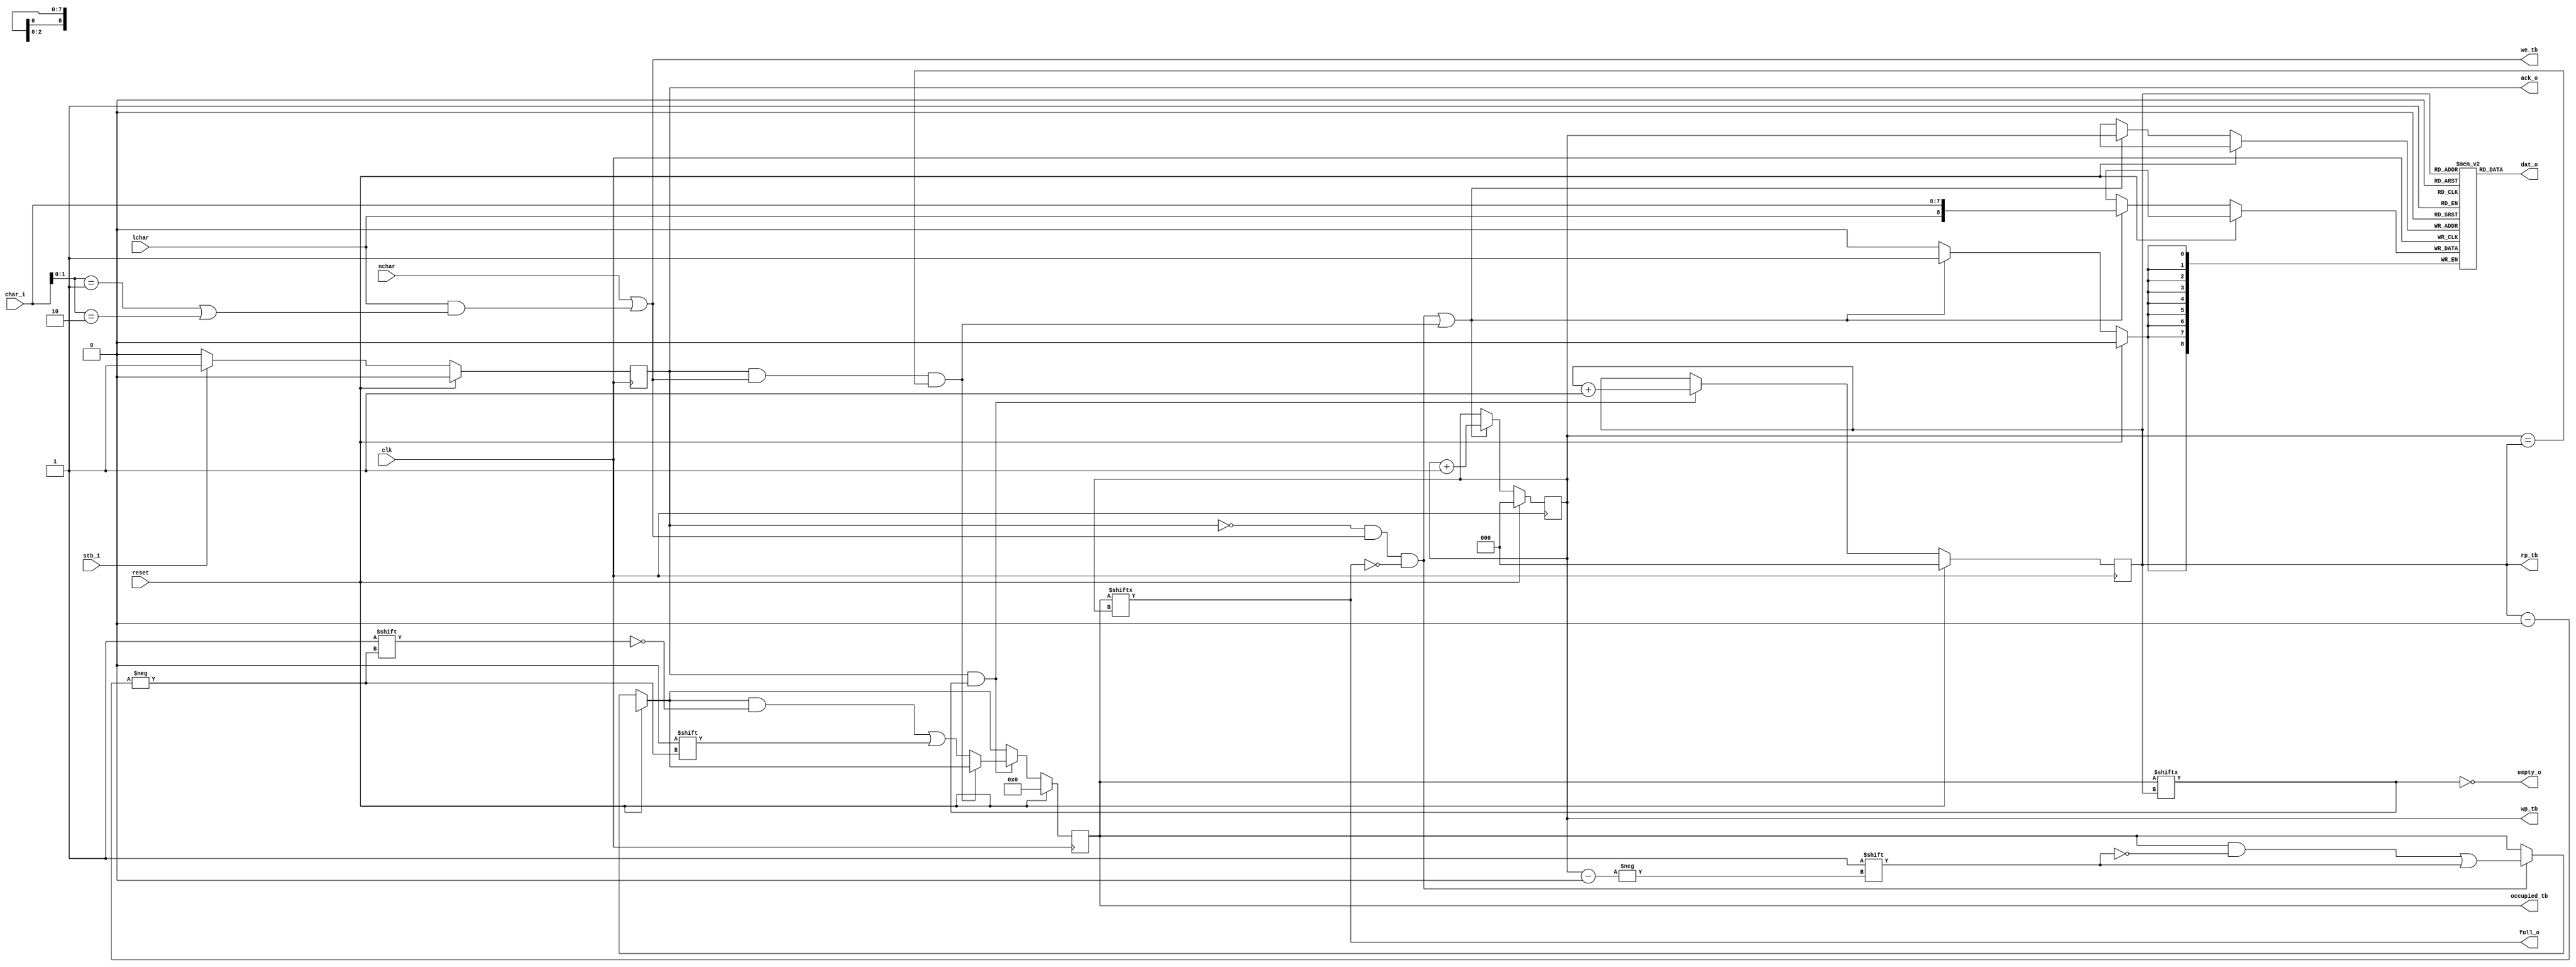
module queue_8x9(
	input		clk,
	input		reset,
	input		nchar,
	input		lchar,
	input	[7:0]	char_i,
	input		stb_i,
	output		ack_o,
	output	[8:0]	dat_o,
	output		full_o,
	output		empty_o,
	output	[7:0]	occupied_tb,	
	output	[2:0]	rp_tb,
	output	[2:0]	wp_tb,
	output		we_tb
);
	reg [8:0] queue[0:7];
	reg [7:0] occupied;	
	reg [2:0] rp, wp;	
	reg oe_r;
	assign ack_o = oe_r;
	assign dat_o = queue[rp];
	assign full_o = occupied[wp];
	assign empty_o = ~occupied[rp];
	wire is_eop = (char_i[1:0] == 2'b01) | (char_i[1:0] == 2'b10);
	wire we = (nchar | (lchar & is_eop));
	wire ptrs_eq = (wp == rp);
	always @(posedge clk) begin
		oe_r <= oe_r;
		if(reset) begin
			oe_r <= 0;
		end
		else if(stb_i) begin
			oe_r <= 1;
		end
		else if(oe_r) begin
			oe_r <= 0;
		end
	end
	wire should_set_occupied_flag = (~ack_o & we & ~occupied[wp]);
	wire read_write_concurrently = (ack_o & we & ptrs_eq);
	wire should_store = should_set_occupied_flag | read_write_concurrently;
	wire should_pop_queue = ack_o & occupied[rp];
	always @(posedge clk) begin
		occupied <= occupied;
		rp <= rp;
		wp <= wp;
		if(reset) begin
			occupied <= 8'h00;
			rp <= 3'd0;
			wp <= 3'd0;
		end
		else begin
			if(should_store) begin
				queue[wp] <= {lchar, char_i};
				wp <= wp + 1;
			end
			if(should_set_occupied_flag) begin
				occupied[wp] <= 1;
			end
			if(should_pop_queue) begin
				if(~read_write_concurrently) begin
					occupied[rp] <= 0;
				end
				rp <= rp + 1;
			end
		end
	end
	assign occupied_tb = occupied;
	assign rp_tb = rp;
	assign wp_tb = wp;
	assign we_tb = we;
endmodule